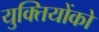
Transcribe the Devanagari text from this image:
युक्तियोंको